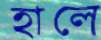
হালে